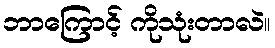
ဘာကြောင့် ကိုသုံးတာလဲ။